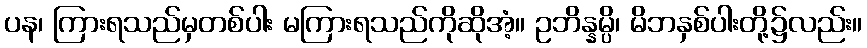
ပန၊ ကြားရသည်မှတစ်ပါး မကြားရသည်ကိုဆိုအံ့။ ဥဘိန္နမ္ပိ၊ မိဘနှစ်ပါးတို့၌လည်း။